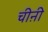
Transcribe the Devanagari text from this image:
चीऩी